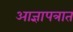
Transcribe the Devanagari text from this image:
आज्ञापत्रात